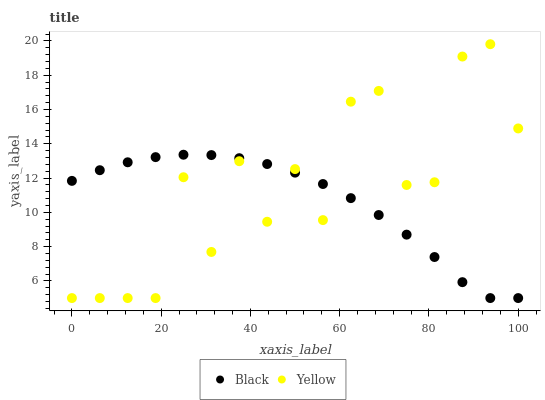
| xaxis_label | Black | Yellow |
 | --- | --- | --- |
 | 0 | 11.8 | 5 |
 | 6.25 | 12.5 | 5 |
 | 12.5 | 12.9 | 5 |
 | 18.8 | 13.2 | 5 |
 | 25 | 13.4 | 12 |
 | 31.2 | 13.3 | 7.69 |
 | 37.5 | 13.2 | 13 |
 | 43.8 | 12.8 | 9.45 |
 | 50 | 12.3 | 12.5 |
 | 56.2 | 11.7 | 9.55 |
 | 62.5 | 10.8 | 16.5 |
 | 68.8 | 9.85 | 17.1 |
 | 75 | 8.7 | 11.6 |
 | 81.2 | 7.39 | 11.8 |
 | 87.5 | 5.93 | 19.1 |
 | 93.8 | 5 | 19.8 |
 | 100 | 5 | 14.9 |